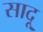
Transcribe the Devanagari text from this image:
सादू